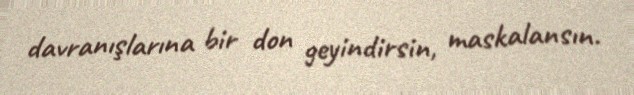
davranışlarına bir don geyindirsin, maskalansın.